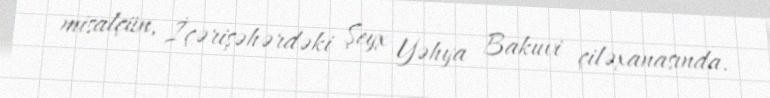
misalçün, İçərişəhərdəki Şeyx Yəhya Bakuvi çiləxanasında.